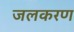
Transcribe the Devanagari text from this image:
जलकरण